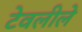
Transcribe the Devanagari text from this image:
टेवलीले